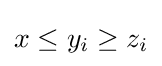
x\leq y_{i}\geq z_{i}